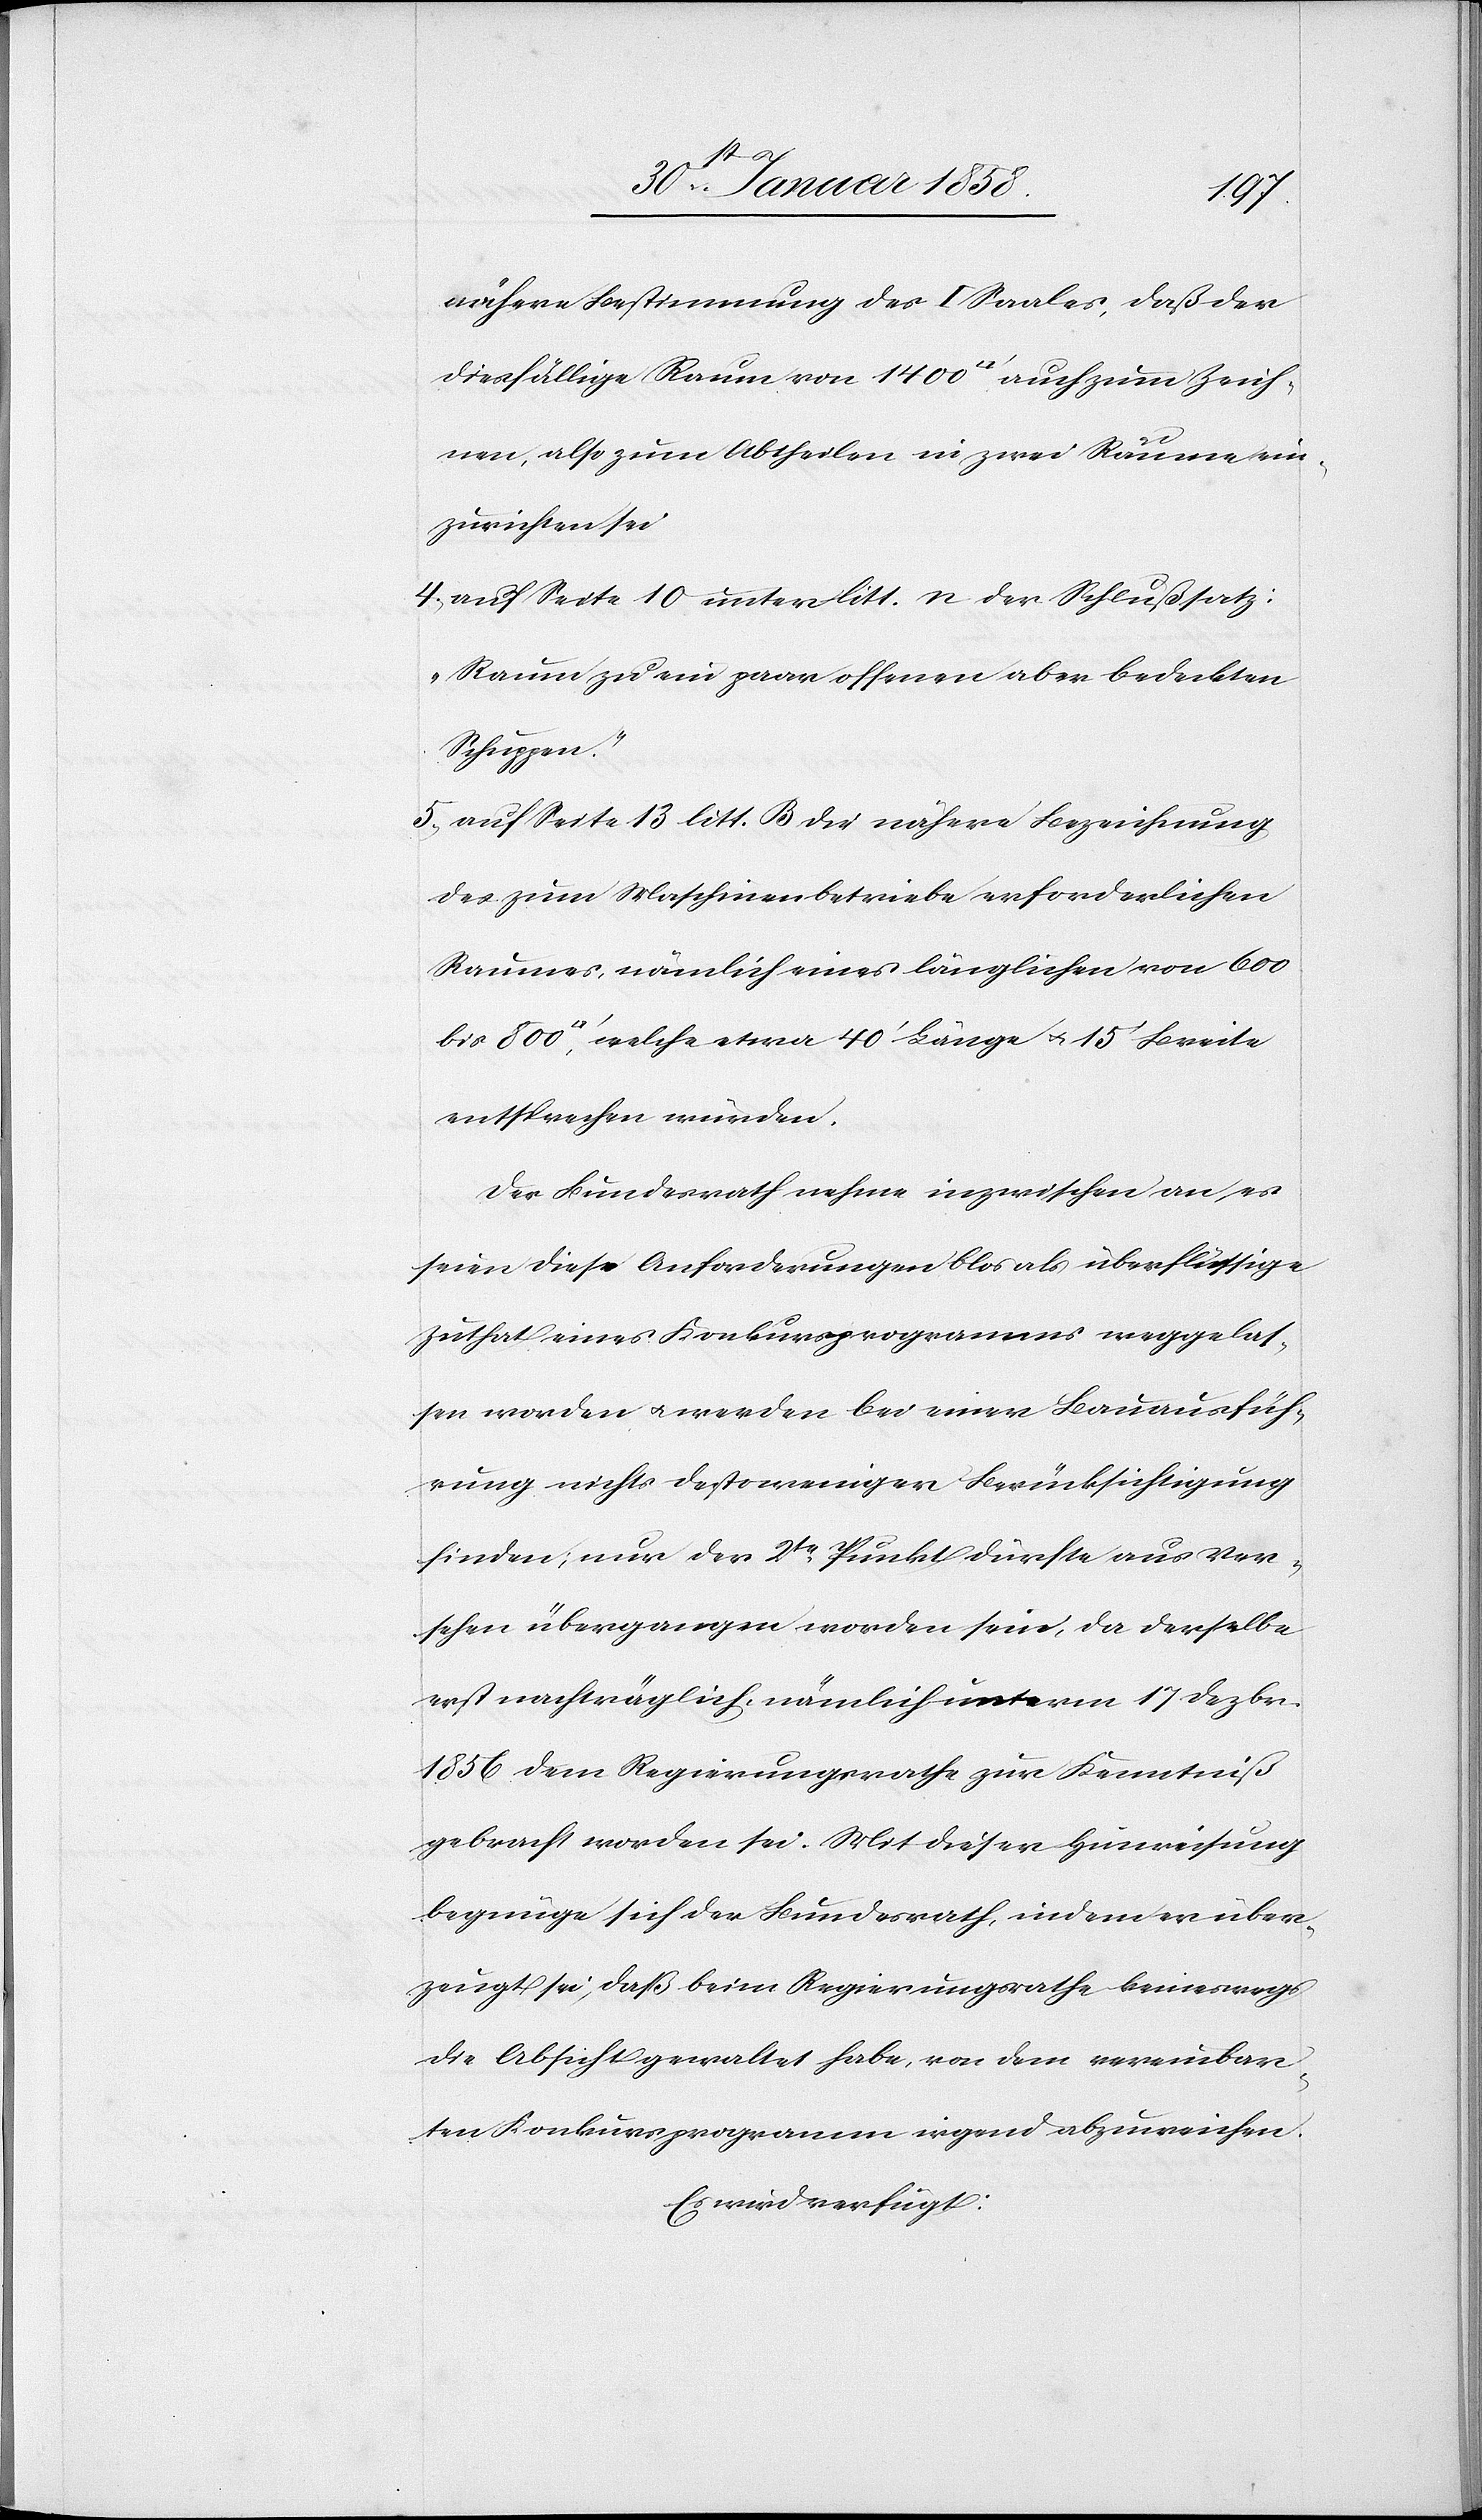
15’
nähere Bestimmung des I Saales, daß der
diesfällige Raum von 1400 [Quadratfuss] auch zum Zeich¬
nen, also zum Abtheilen in zwei Räume ein¬
zurichten sei.
4. auf Seite 10 unter litt. n der Schlußsatz:
„Raum zu ein paar offenen aber bedeckten
Schuppen.“
5. auf Seite 13 litt. B die nähere Bezeichnung
des zum Maschinenbetriebe erforderlichen
Raumes, nämlich eines länglichen von 600
entsprechen würden.
Der Bundesrath nehme inzwischen an es
seien diese Anforderungen blos als überflüssige
Zuthat eines Konkursprogramms weggelas¬
sen worden u. werden bei einer Bauausfüh¬
rung nichts desto weniger Berücksichtigung
finden; nur der 2te Punkt dürfte aus Ver¬
sehen übergangen worden sein, da derselbe
erst nachträglich, nämlich unterm 17 Dezbr.
1856 dem Regierungsrathe zur Kenntniß
gebracht worden sei. Mit dieser Hinweisung
begnüge sich der Bundesrath, indem er über¬
zeugt sei, daß beim Regierungsrathe keineswegs
die Absicht gewaltet habe, von dem vereinbar¬
ten Konkursprogramm irgend abzuweichen.
Es wird verfügt: